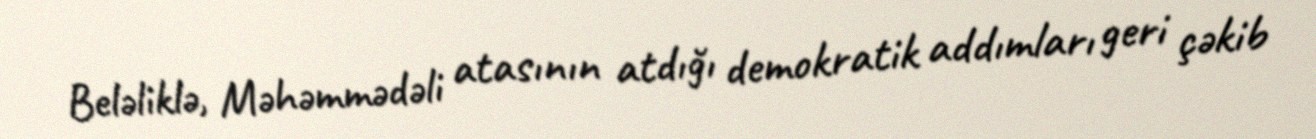
Beləliklə, Məhəmmədəli atasının atdığı demokratik addımları geri çəkib